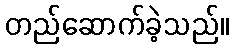
တည်ဆောက်ခဲ့သည်။